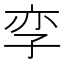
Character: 孪